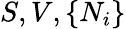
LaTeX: S,V,\{ N_{i}\}